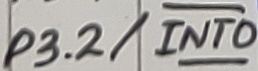
Text: P3.2/INT0